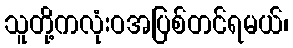
သူတို့ကလုံးဝအပြစ်တင်ရမယ်၊